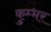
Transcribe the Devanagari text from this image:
कुम्भर